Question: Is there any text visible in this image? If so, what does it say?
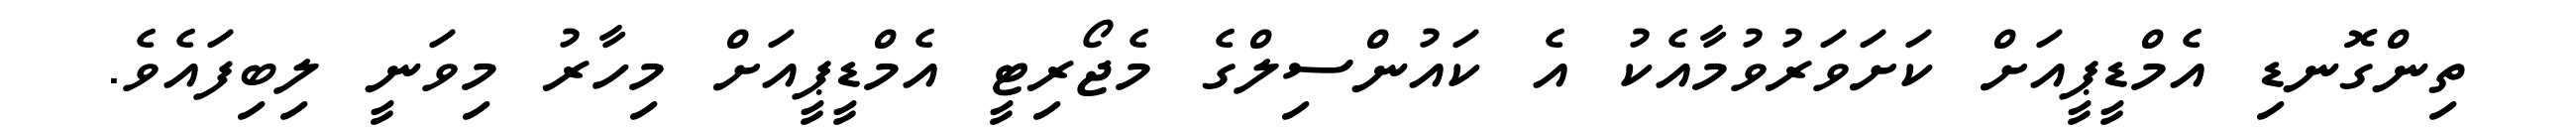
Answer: ތިންގޮނޑި އެމްޑީޕީއަށް ކަށަވަރުވުމާއެކު އެ ކައުންސިލްގެ މެޖޯރިޓީ އެމްޑީޕީއަށް މިހާރު މިވަނީ ލިބިފައެވެ.